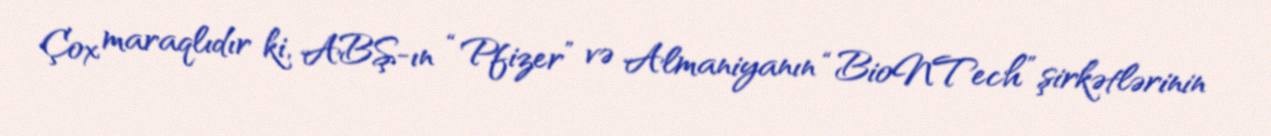
Çox maraqlıdır ki, ABŞ-ın “Pfizer” və Almaniyanın “BioNTech” şirkətlərinin